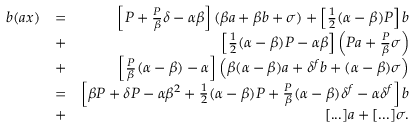
\begin{array} { r l r } { b ( a x ) } & { = } & { \left[ P + \frac { P } { \beta } \delta - \alpha \beta \right] ( \beta a + \beta b + \sigma ) + \left[ \frac { 1 } { 2 } ( \alpha - \beta ) P \right] b } \\ & { + } & { \left[ \frac { 1 } { 2 } ( \alpha - \beta ) P - \alpha \beta \right] \left( P a + \frac { P } { \beta } \sigma \right) } \\ & { + } & { \left[ \frac { P } { \beta } ( \alpha - \beta ) - \alpha \right] \left( \beta ( \alpha - \beta ) a + \delta ^ { f } b + ( \alpha - \beta ) \sigma \right) } \\ & { = } & { \left[ \beta P + \delta P - \alpha \beta ^ { 2 } + \frac { 1 } { 2 } ( \alpha - \beta ) P + \frac { P } { \beta } ( \alpha - \beta ) \delta ^ { f } - \alpha \delta ^ { f } \right] b } \\ & { + } & { [ . . . ] a + [ . . . ] \sigma . } \end{array}